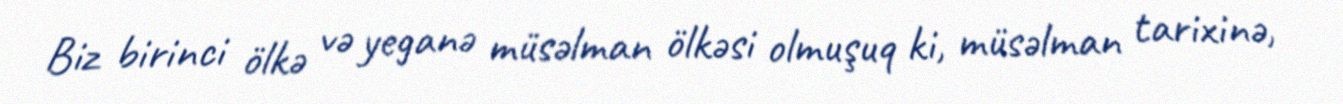
Biz birinci ölkə və yeganə müsəlman ölkəsi olmuşuq ki, müsəlman tarixinə,